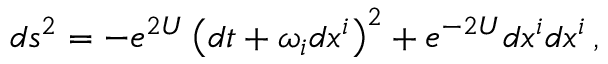
d s ^ { 2 } = - e ^ { 2 U } \left( d t + \omega _ { i } d x ^ { i } \right) ^ { 2 } + e ^ { - 2 U } d x ^ { i } d x ^ { i } \, ,